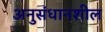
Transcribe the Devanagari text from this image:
अनुसंधानशील